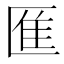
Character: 龨